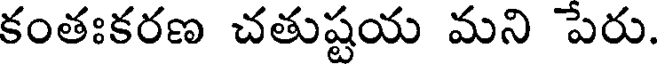
కంతఃకరణ చతుష్టయ మని పేరు.